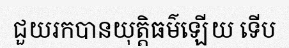
ជួយរកបានយុត្តិធម៌ឡើយ ទើប